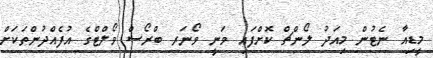
މީޑިއާ ނެޓުން މިއަދު ލޯންޗް ކޮށްފައި ވަނީ ވޯނަރ ބްރޯސް ވޯލްޓްގެ އުފެއްދުންތަކަށް